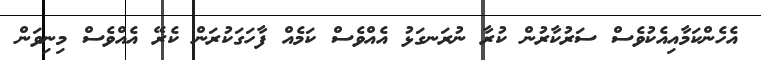
އެހެންކަމާއިއެކުވެސް ސަރުކާރުން ކުރާ ނުރަނގަޅު އެއްވެސް ކަމެއް ފާހަގަކުރަން ކެރޭ އެއްވެސް މިނިވަން